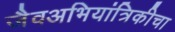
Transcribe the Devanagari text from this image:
जैवअभियांत्रिकीचा